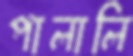
পালালি